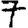
Digit: 7